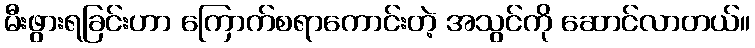
မီးဖွားရခြင်းဟာ ကြောက်စရာကောင်းတဲ့ အသွင်ကို ဆောင်လာတယ်။